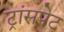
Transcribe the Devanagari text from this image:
ट्रांसपेट